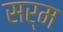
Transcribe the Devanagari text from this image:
सर्म